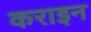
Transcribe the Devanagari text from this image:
कराइन